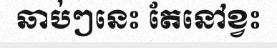
ឆាប់ៗនេះ តែនៅខ្វះ